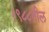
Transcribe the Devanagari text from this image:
१९८८तील